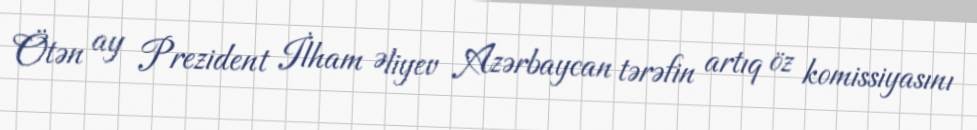
Ötən ay Prezident İlham Əliyev Azərbaycan tərəfin artıq öz komissiyasını